65_HS1-834228961_62-HQ-83894_Section_1
Agency: FBI
Page 46
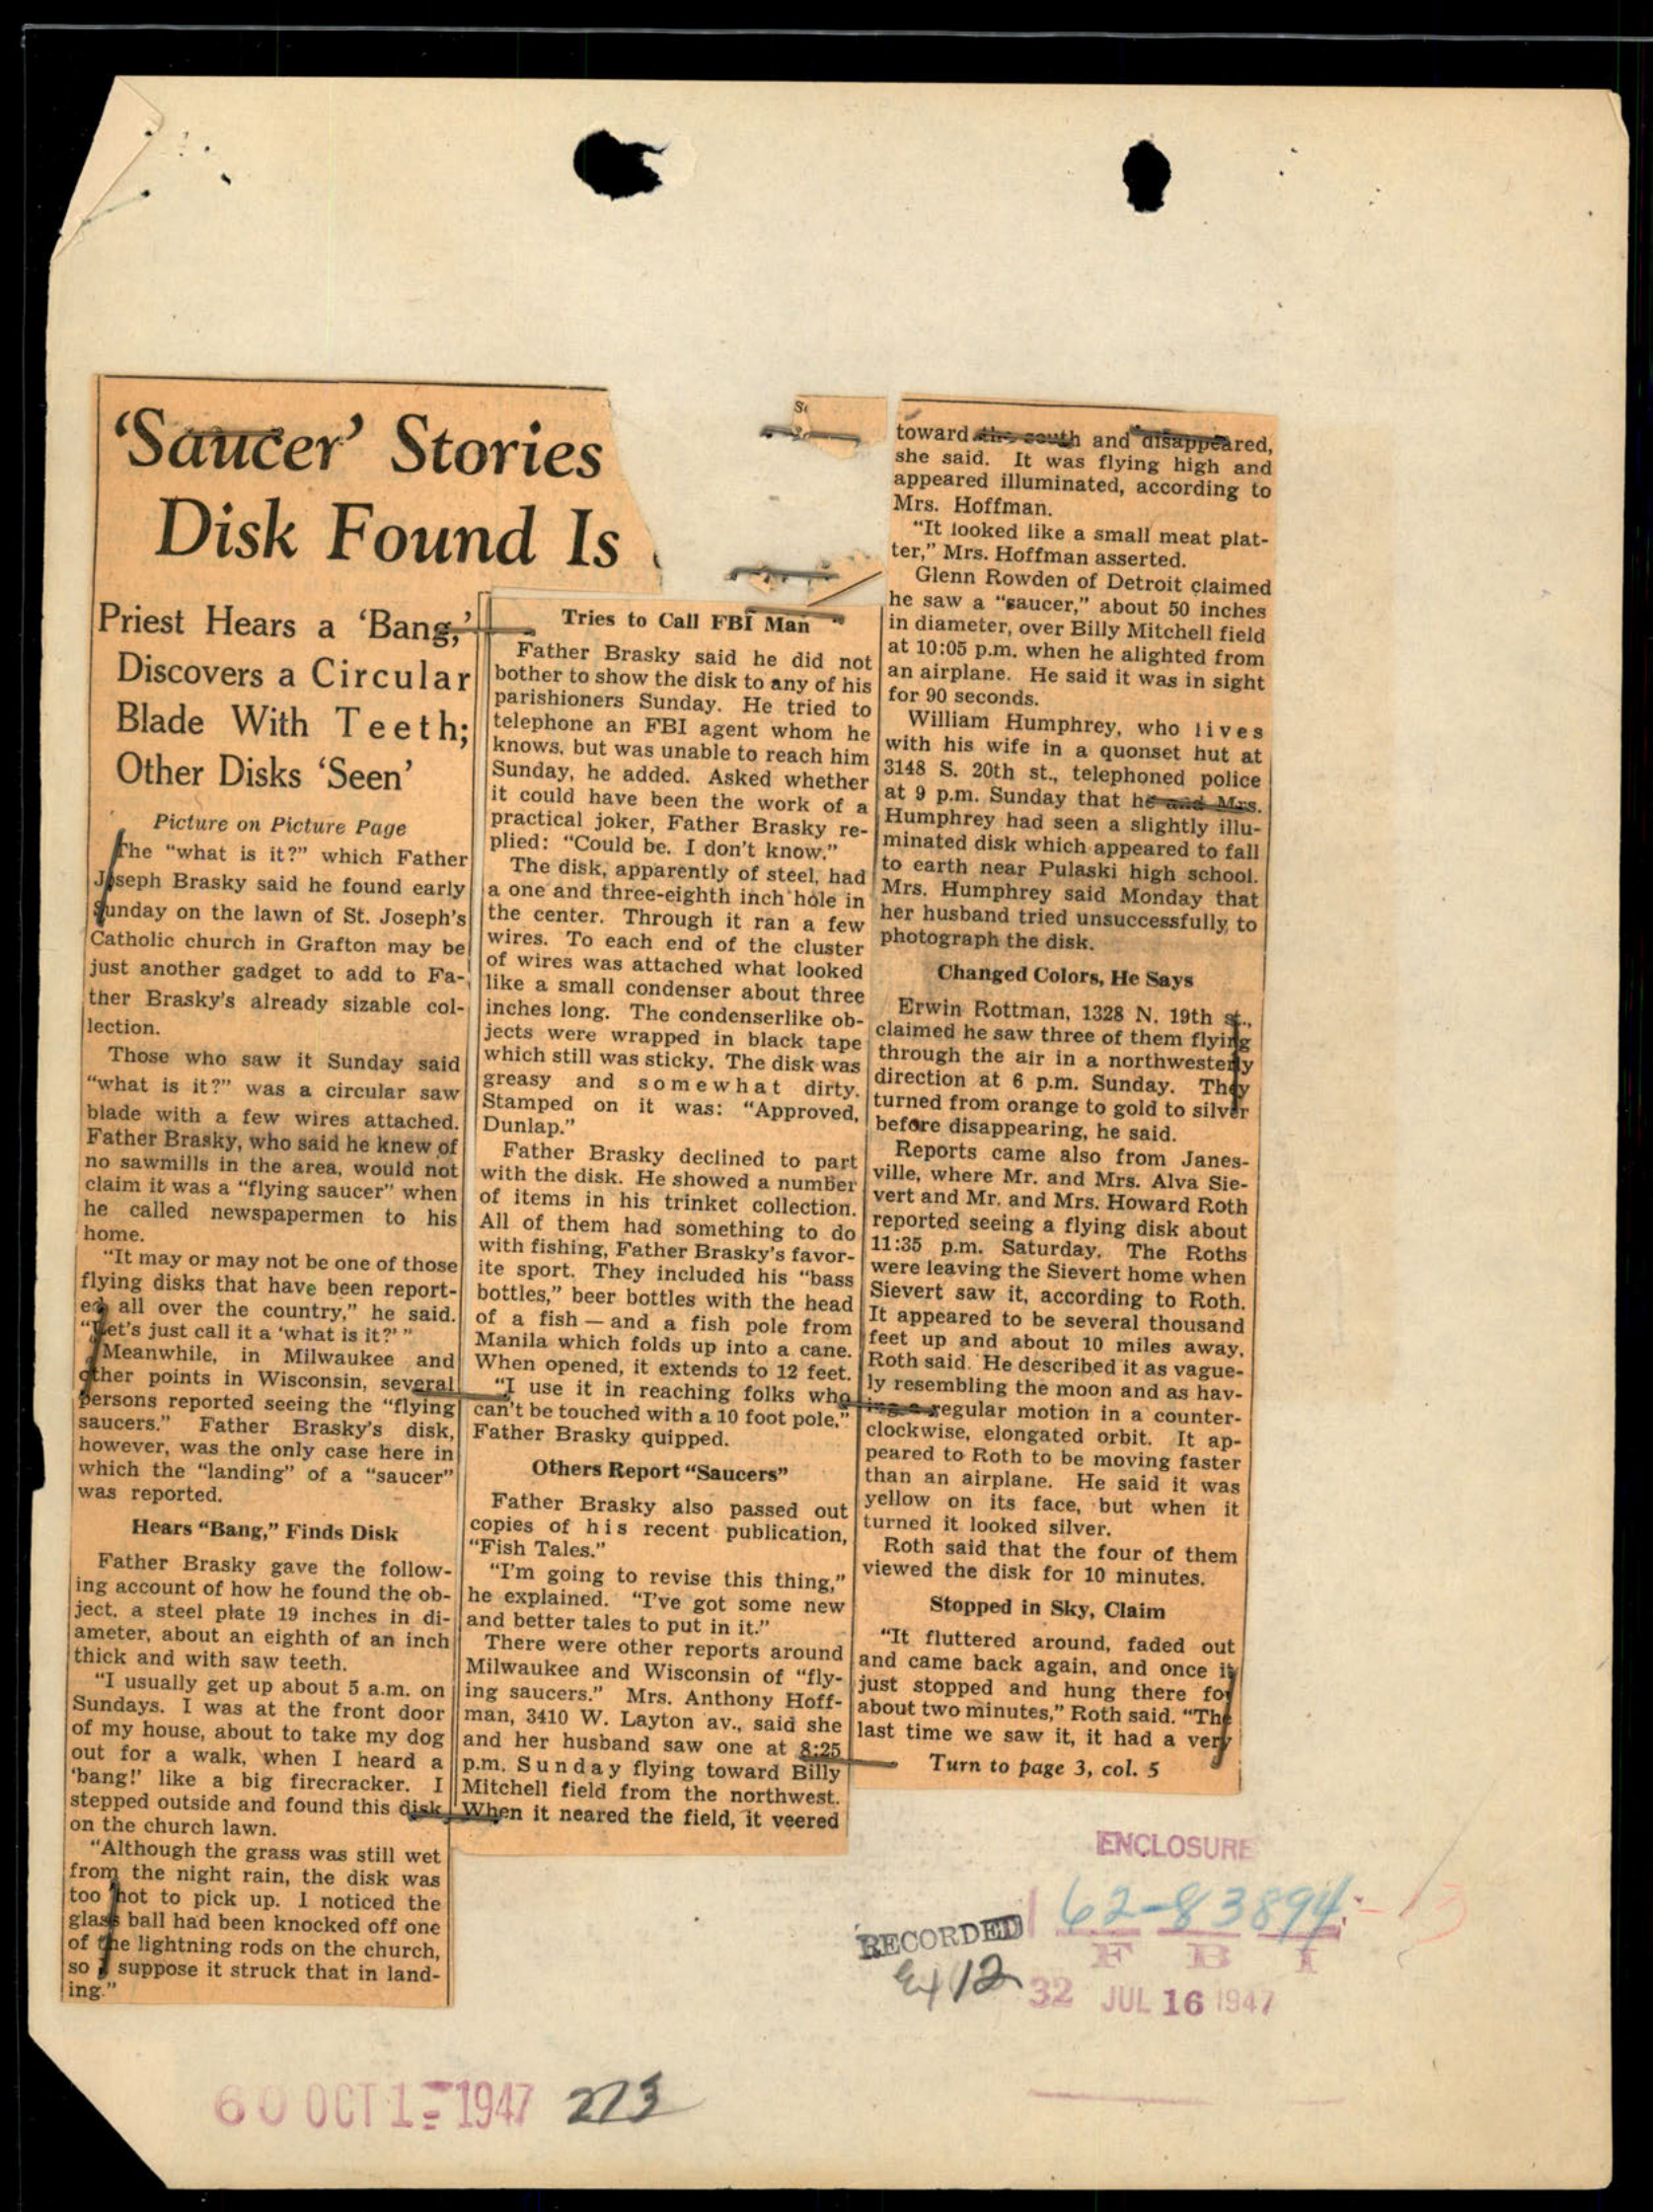